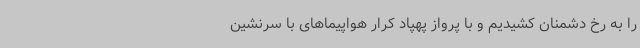
را به رخ دشمنان کشیدیم و با پرواز پهپاد کرار هواپیماهای با سرنشین